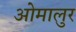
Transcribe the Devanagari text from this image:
ओमालुर